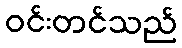
ဝင်းတင်သည်